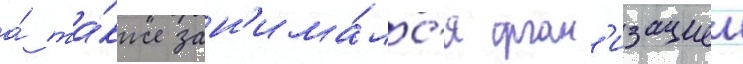
а́ та́кже зан'има́лс'я орган'изациеи